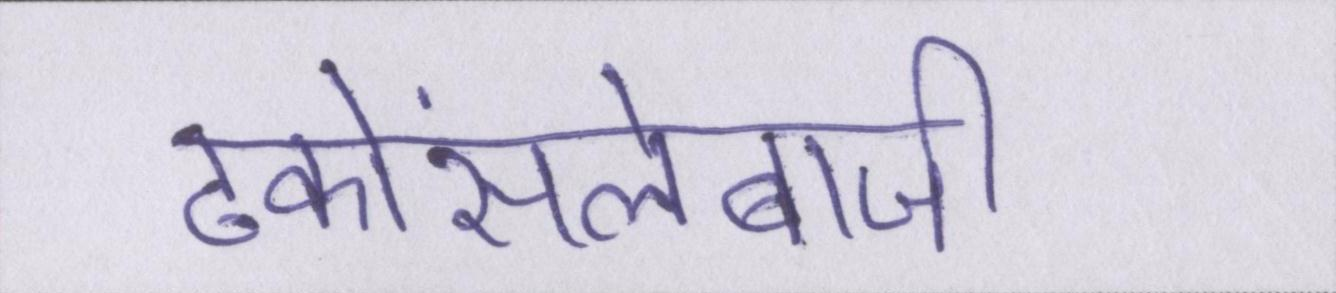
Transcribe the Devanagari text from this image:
ढकोंसलेबाजी